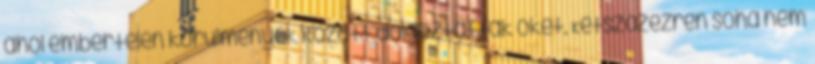
ahol embertelen körülmények között dolgoztatták őket. Kétszázezren soha nem